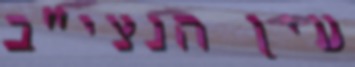
עין הנצי"ב